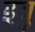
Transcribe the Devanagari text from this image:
इबु